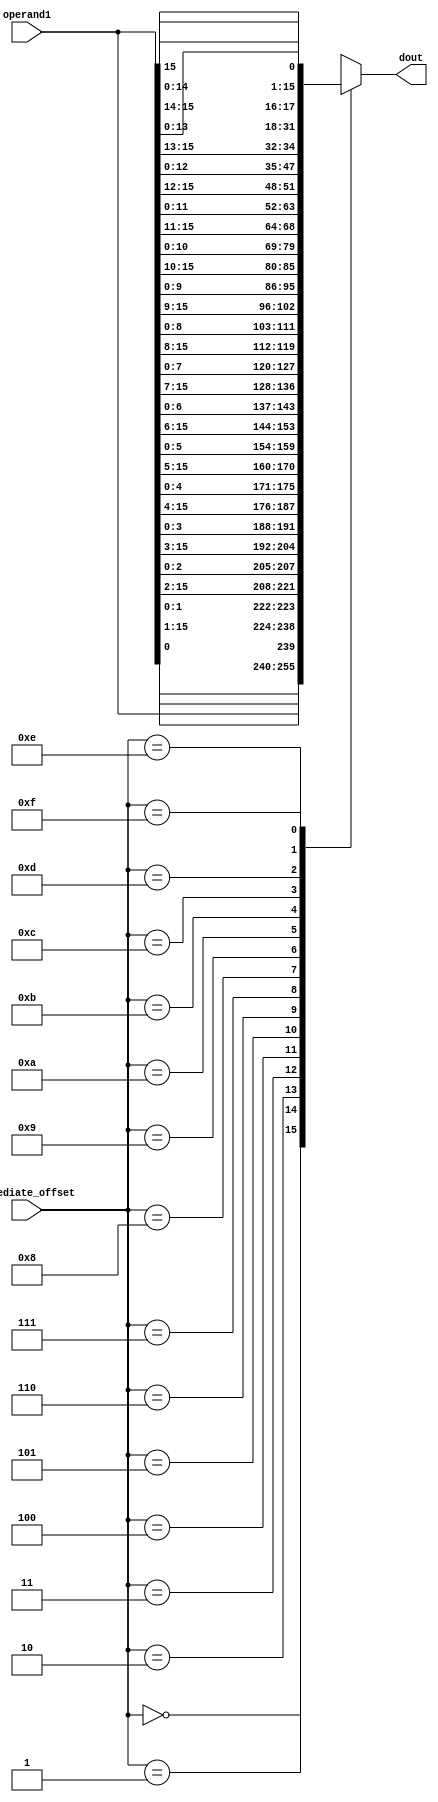
module alu_ror(
  input [15:0] operand1,
  input [3:0] immediate_offset,
  output reg [15:0] dout);

  always@(*)
  begin
    case(immediate_offset)
      4'd0: dout = operand1;
      4'd1: dout = {operand1[0], operand1[15:1]};
      4'd2: dout = {operand1[1:0], operand1[15:2]};
      4'd3: dout = {operand1[2:0], operand1[15:3]};
      4'd4: dout = {operand1[3:0], operand1[15:4]};
      4'd5: dout = {operand1[4:0], operand1[15:5]};
      4'd6: dout = {operand1[5:0], operand1[15:6]};
      4'd7: dout = {operand1[6:0], operand1[15:7]};
      4'd8: dout = {operand1[7:0], operand1[15:8]};
      4'd9: dout = {operand1[8:0], operand1[15:9]};
      4'd10: dout = {operand1[9:0], operand1[15:10]};
      4'd11: dout = {operand1[10:0], operand1[15:11]};
      4'd12: dout = {operand1[11:0], operand1[15:12]};
      4'd13: dout = {operand1[12:0], operand1[15:13]};
      4'd14: dout = {operand1[13:0], operand1[15:14]};
      4'd15: dout = {operand1[14:0], operand1[15]};
      default: dout = 16'bx;
    endcase    
  end
endmodule